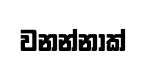
වනන්නාක්